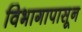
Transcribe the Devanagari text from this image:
विभागापासून